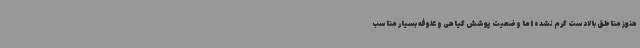
هنوز مناطق بالادست گرم نشده اما وضعیت پوشش گیاهی و علوفه بسیار مناسب